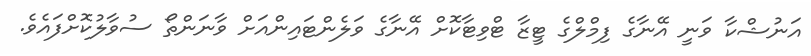
އަނުޝްކާ ވަނީ އޭނާގެ ފިމްލްގެ ޓީޒާ ޓްވިޓާކޮށް އޭނާގެ ވަލެންޓައިންއަށް ވާނަންތޯ ސުވާލުކޮށްފައެވެ.